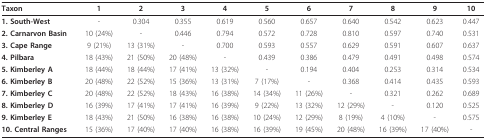
| Taxon | 1 | 2 | 3 | 4 | 5 | 6 | 7 | 8 | 9 | 10 |
 | --- | --- | --- | --- | --- | --- | --- | --- | --- | --- | --- |
 | 1. South-West | - | 0.304 | 0.355 | 0.619 | 0.560 | 0.657 | 0.640 | 0.542 | 0.623 | 0.447 |
 | 2. Carnarvon Basin | 10 (24%) | - | 0.446 | 0.794 | 0.572 | 0.728 | 0.810 | 0.597 | 0.740 | 0.531 |
 | 3. Cape Range | 9 (21%) | 13 (31%) | - | 0.700 | 0.593 | 0.557 | 0.629 | 0.591 | 0.607 | 0.637 |
 | 4. Pilbara | 18 (43%) | 21 (50%) | 20 (48%) | - | 0.439 | 0.386 | 0.479 | 0.491 | 0.498 | 0.574 |
 | 5. Kimberley A | 18 (44%) | 18 (44%) | 17 (41%) | 13 (32%) | - | 0.194 | 0.404 | 0.253 | 0.314 | 0.534 |
 | 6. Kimberley B | 20 (48%) | 22 (52%) | 15 (36%) | 13 (31%) | 7 (17%) | - | 0.368 | 0.414 | 0.435 | 0.593 |
 | 7. Kimberley C | 20 (48%) | 22 (52%) | 18 (43%) | 16 (38%) | 14 (34%) | 11 (26%) | - | 0.321 | 0.262 | 0.689 |
 | 8. Kimberley D | 16 (39%) | 17 (41%) | 17 (41%) | 16 (39%) | 9 (22%) | 13 (32%) | 12 (29%) | - | 0.120 | 0.525 |
 | 9. Kimberley E | 18 (43%) | 21 (50%) | 16 (38%) | 16 (38%) | 10 (24%) | 12 (29%) | 8 (19%) | 4 (10%) | - | 0.575 |
 | 10. Central Ranges | 15 (36%) | 17 (40%) | 17 (40%) | 16 (38%) | 16 (39%) | 19 (45%) | 20 (48%) | 16 (39%) | 17 (40%) | - |